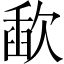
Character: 歃